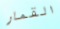
القمار